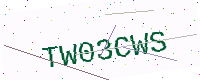
Text: TW03CWS